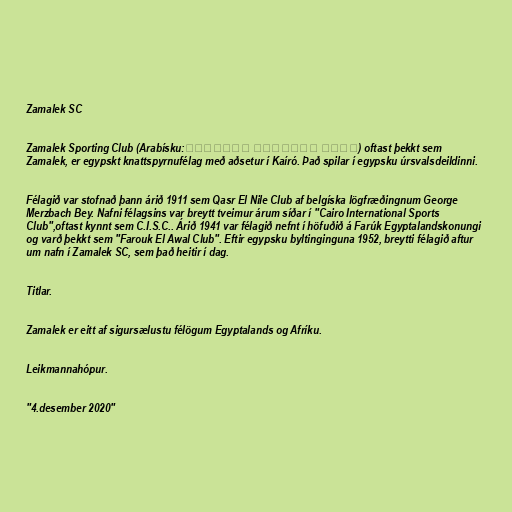
Zamalek SC

Zamalek Sporting Club (Arabísku:نادي الزمالك الرياضي) oftast þekkt sem
Zamalek, er egypskt knattspyrnufélag með aðsetur í Kaíró. Það spilar í egypsku úrsvalsdeildinni.

Félagið var stofnað þann árið 1911 sem Qasr El Nile Club af belgíska lögfræðingnum George
Merzbach Bey. Nafni félagsins var breytt tveimur árum síðar í "Cairo International Sports
Club",oftast kynnt sem C.I.S.C.. Árið 1941 var félagið nefnt í höfuðið á Farúk Egyptalandskonungi
og varð þekkt sem "Farouk El Awal Club". Eftir egypsku byltinginguna 1952, breytti félagið aftur
um nafn í Zamalek SC, sem það heitir í dag.

Titlar.

Zamalek er eitt af sigursælustu félögum Egyptalands og Afríku.

Leikmannahópur.

"4.desember 2020"